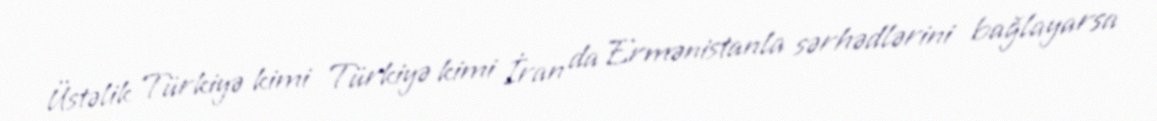
Üstəlik Türkiyə kimi Türkiyə kimi İran da Ermənistanla sərhədlərini bağlayarsa